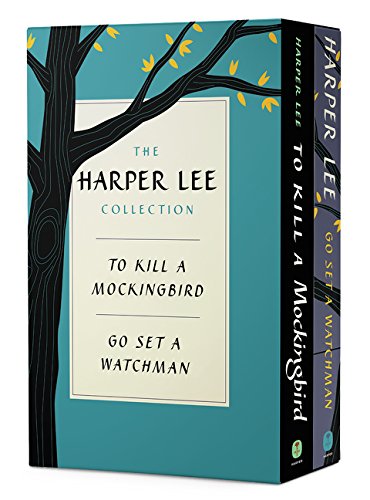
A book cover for The Harper Lee Collection: To Kill a Mockingbird + Go Set a Watchman (Dual Slipcased Edition); Harper Lee; Literature & Fiction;